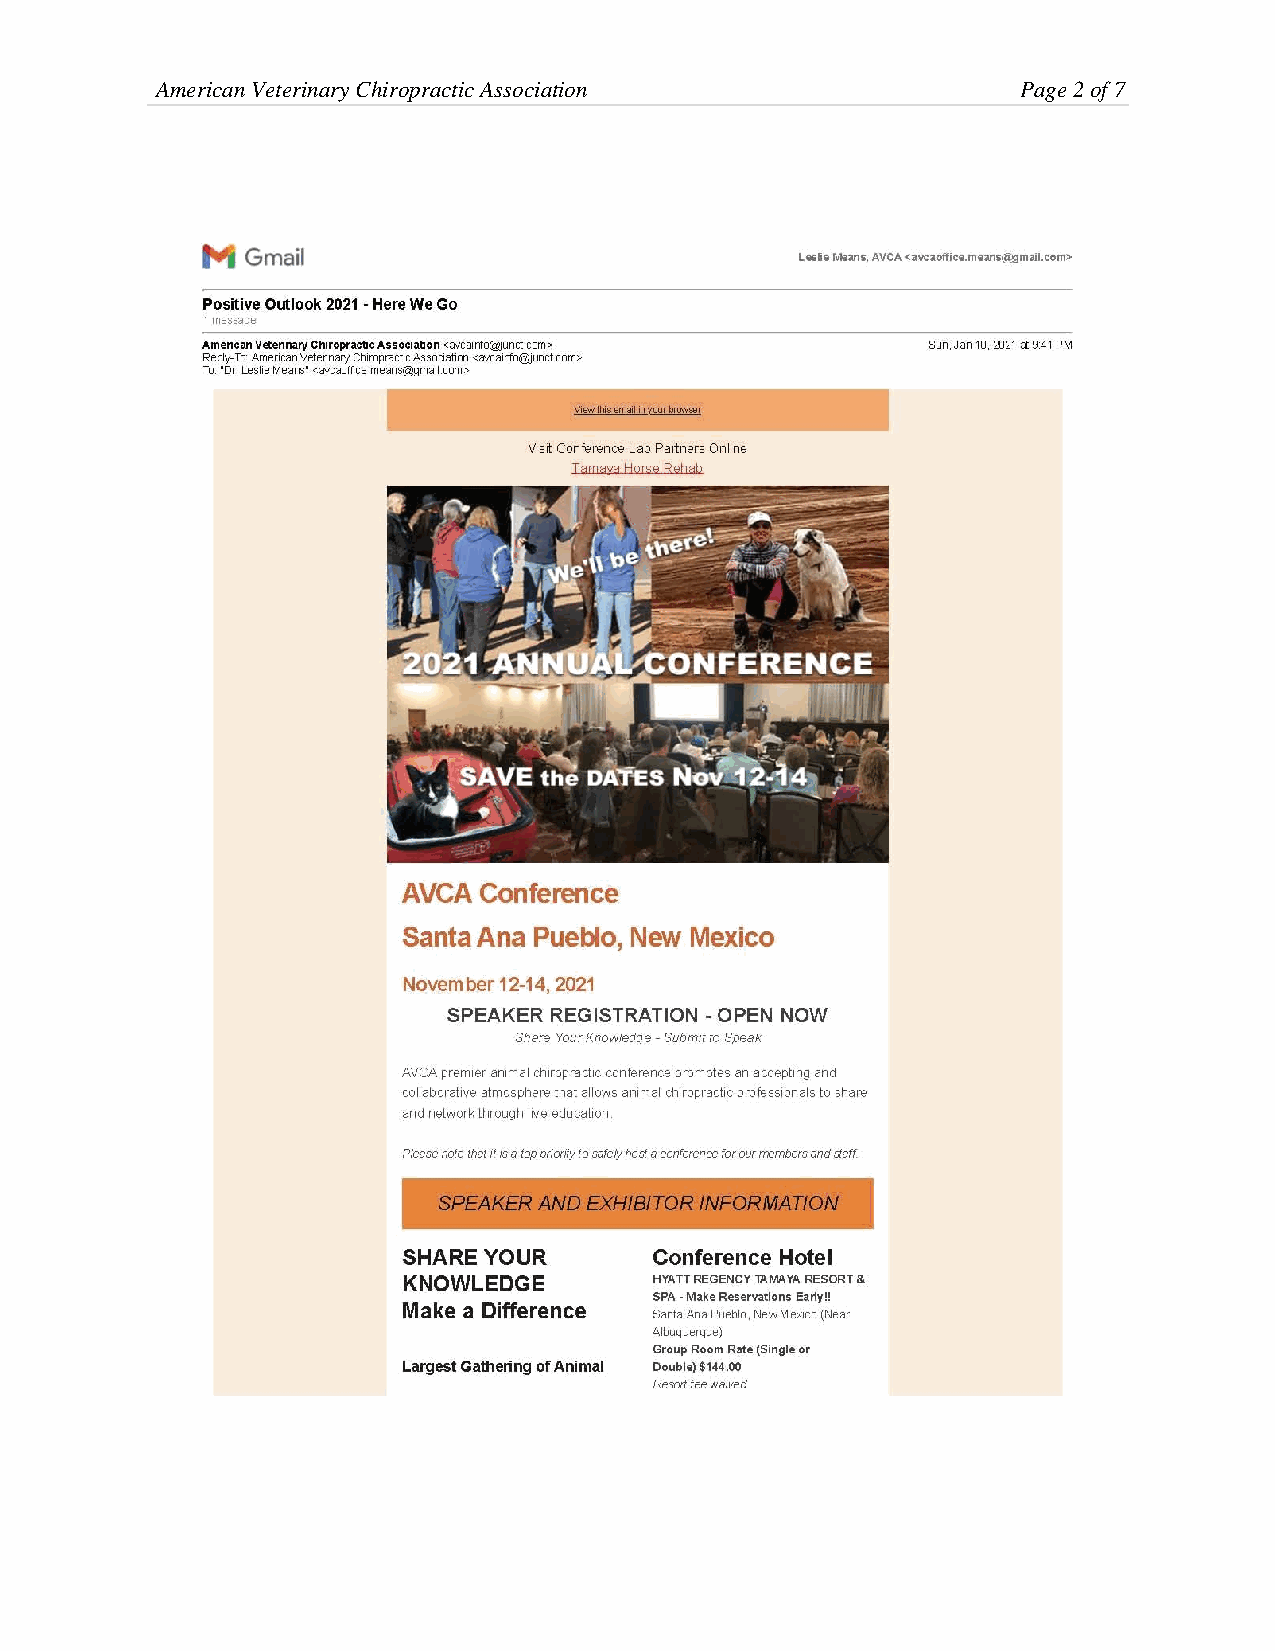
American Veterinary Chiropractic Association              Page 2 of 7